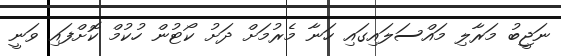
ނަޖީބު މަރާލި މައްސަލައިގައި ހަނާ މެރުމަށް ދަށު ކޯޓުން ހުކުމް ކޮށްފައި ވަނީ